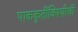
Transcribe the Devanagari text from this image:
पाककृतींविषयीची